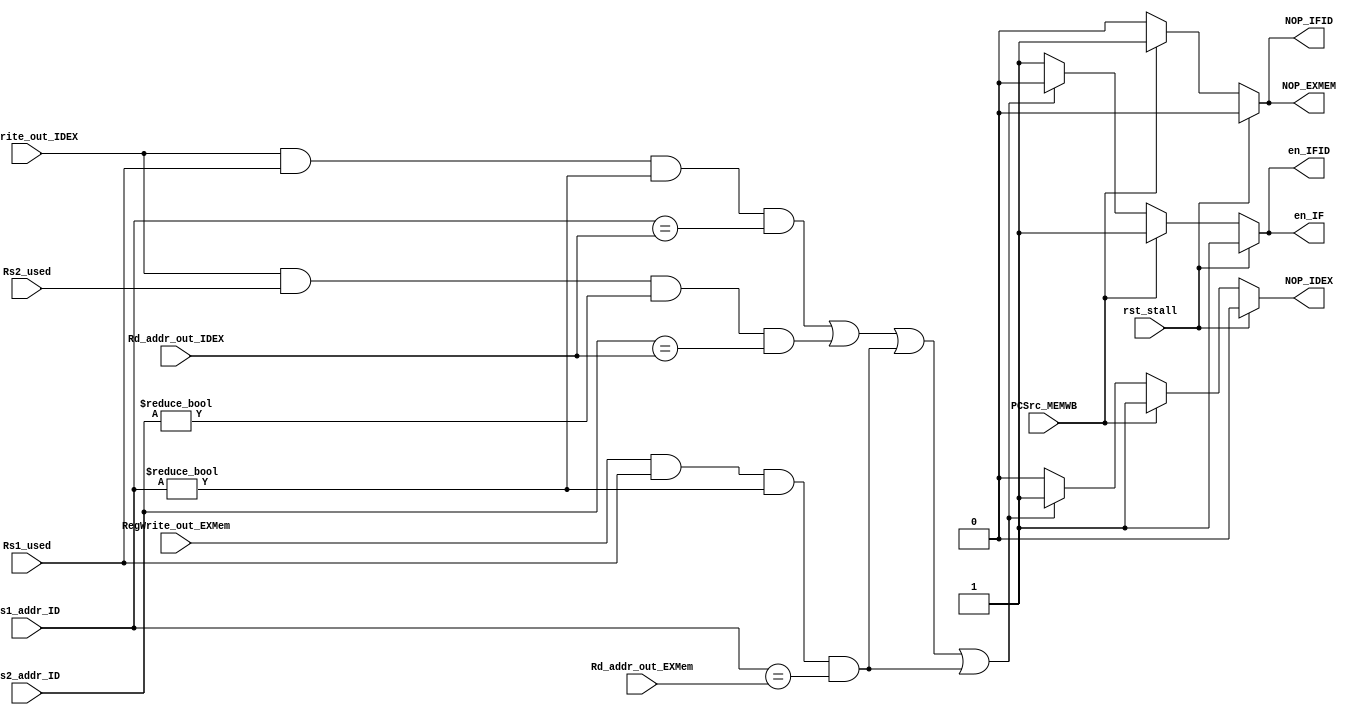
`timescale 1ns / 1ps
//////////////////////////////////////////////////////////////////////////////////
// Company: 
// Engineer: 
// 
// Design Name: 
// Module Name: stall
// Project Name: 
// Target Devices: 
// Tool Versions: 
// Description: 
// 
// Dependencies: 
// 
// Revision:
// Revision 0.01 - File Created
// Additional Comments:
// 
//////////////////////////////////////////////////////////////////////////////////


module stall(
    input rst_stall,                //
    
    input RegWrite_out_IDEX,        //
    input [4:0]Rd_addr_out_IDEX,    //
    input RegWrite_out_EXMem,       //
    input [4:0]Rd_addr_out_EXMem,   //
    input [4:0]Rs1_addr_ID,         //1
    input [4:0]Rs2_addr_ID,         //2
    input Rs1_used,                 //Rs1
    input Rs2_used,                 //Rs2
    
    input PCSrc_MEMWB,
//    input Branch_ID,                //beq
//    input Jump_ID,                  //jal
//    input Branch_out_IDEX,          //beq
//    input Jump_out_IDEX,            //jal
//    input Branch_out_EXMem,         //beq
//    input Jump_out_EXMem,           //jal
    
    output reg en_IF,                   //NOP
    output reg en_IFID,         
    output reg NOP_IFID,
    output reg NOP_IDEX,
    output reg NOP_EXMEM
    );
    
    always @(*) begin
        if (rst_stall) begin
            NOP_IFID = 0;
            NOP_IDEX = 0;
            NOP_EXMEM = 0;
            en_IF = 1;
            en_IFID = 1;
        end else
        // ,.ex,if,id
        if (PCSrc_MEMWB == 1) begin
            NOP_IFID = 1;
            NOP_IDEX = 1;
            NOP_EXMEM = 1;
            en_IF = 1;
            en_IFID = 1;
        // EXMEMIDx0
        end else if ((RegWrite_out_IDEX==1 && Rs1_used==1 && Rs1_addr_ID!=0 && Rs1_addr_ID==Rd_addr_out_IDEX )
                    || (RegWrite_out_IDEX==1 && Rs2_used==1 && Rs2_addr_ID!=0 && Rs2_addr_ID==Rd_addr_out_IDEX ) 
                    || (RegWrite_out_EXMem == 1 && Rs1_used==1 && Rs1_addr_ID!=0 && Rs1_addr_ID==Rd_addr_out_EXMem)
                    || (RegWrite_out_EXMem == 1 && Rs1_used==1 && Rs1_addr_ID!=0 && Rs1_addr_ID==Rd_addr_out_EXMem)) begin
            NOP_IFID = 0;
            NOP_IDEX = 1;
            NOP_EXMEM = 0;
            en_IF = 0;
            en_IFID = 0;
        end else begin
            NOP_IFID = 0;
            NOP_IDEX = 0;
            NOP_EXMEM = 0;
            en_IF = 1;
            en_IFID = 1;
        end
    end
            
endmodule